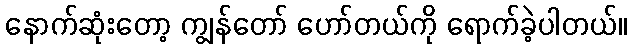
နောက်ဆုံးတော့ ကျွန်တော် ဟော်တယ်ကို ရောက်ခဲ့ပါတယ်။